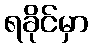
ရခိုင်မှာ